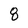
Character: 8